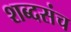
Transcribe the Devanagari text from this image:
शब्दसंच